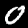
Label: 0